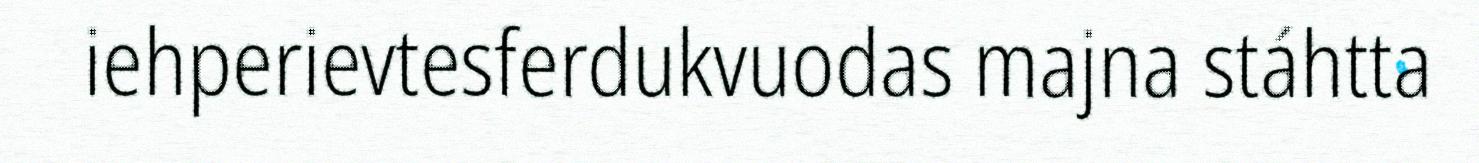
iehperievtesferdukvuodas majna stáhtta